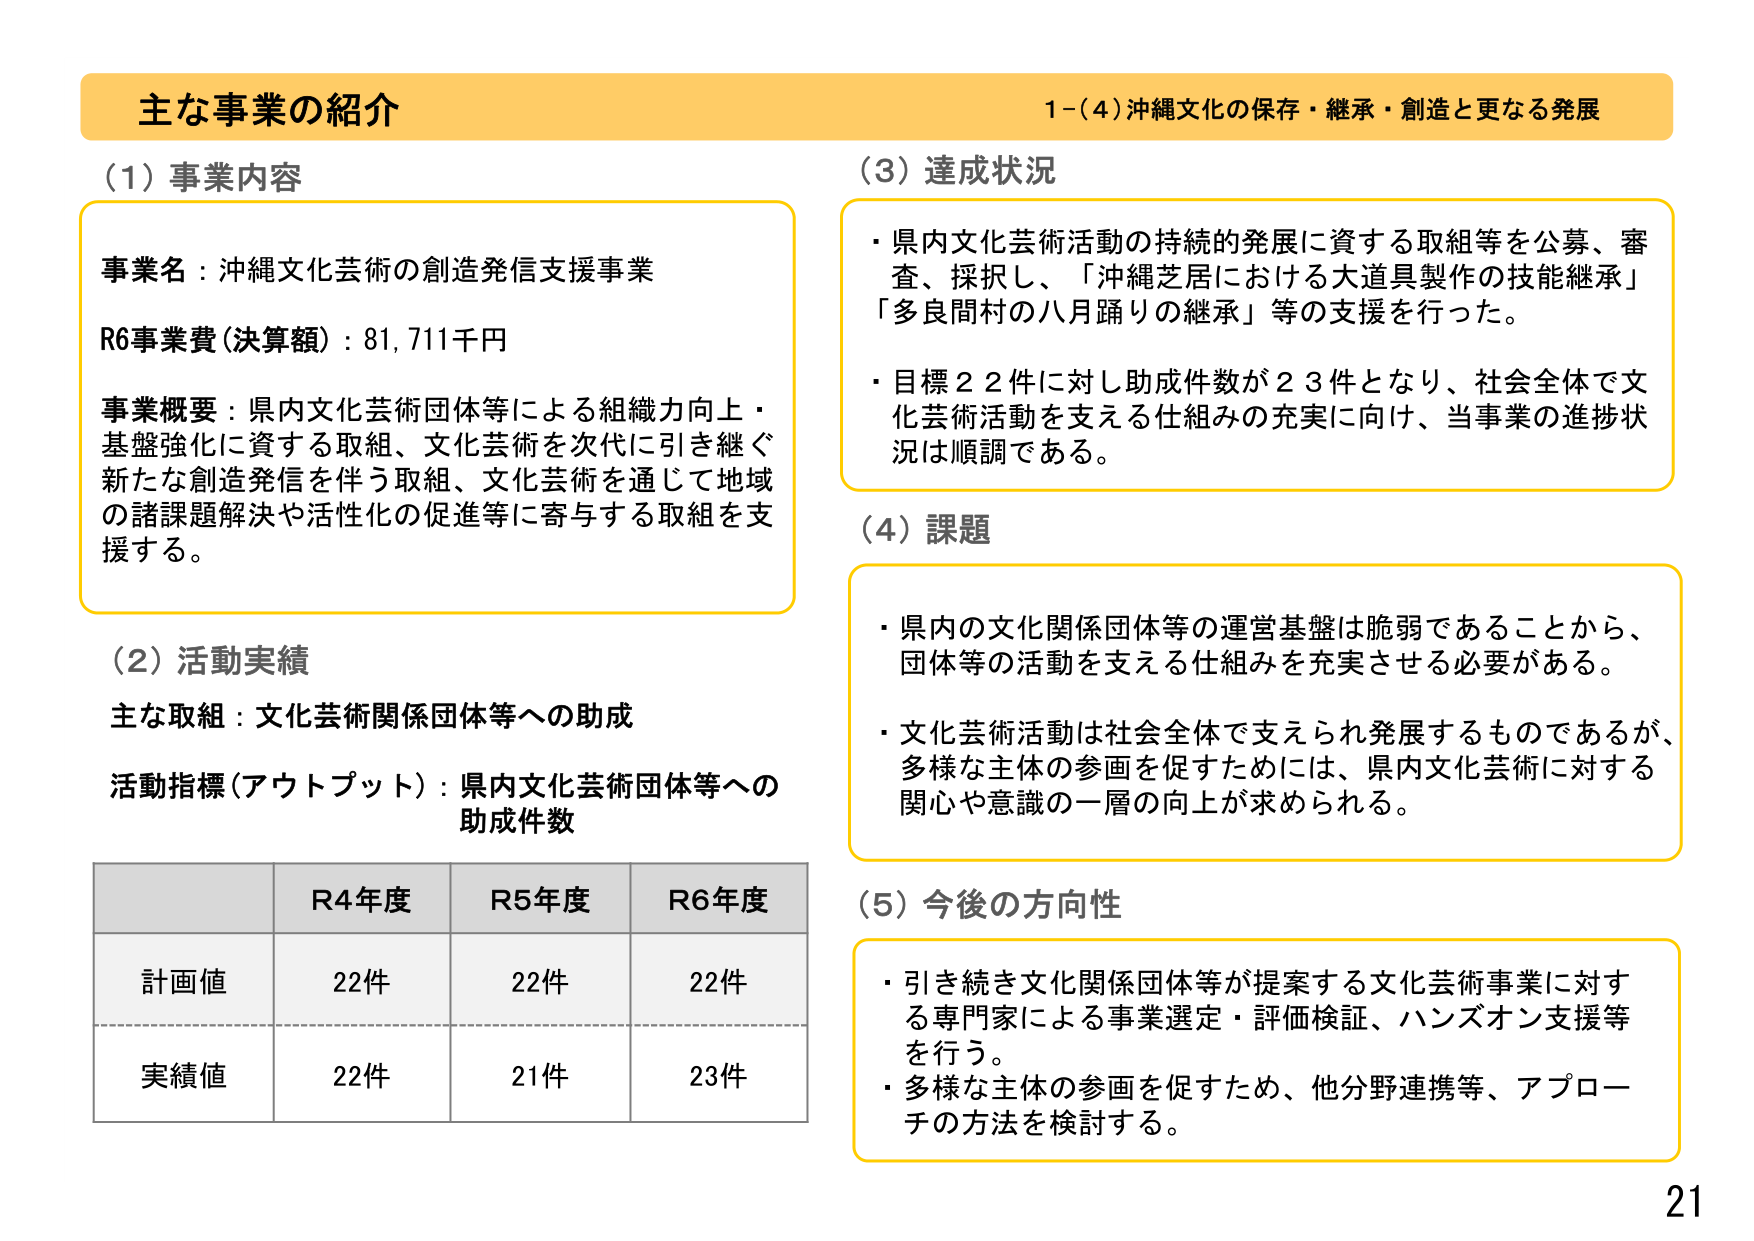
主な事業の紹介
1-(4) 沖縄文化の保存・継承・創造と更なる発展

(1) 事業内容
事業名：沖縄文化芸術の創造発信支援事業
R6事業費（決算額）：81,711千円
事業概要：県内文化芸術団体等による組織力向上・基盤強化に資する取組、文化芸術を次代に引き継ぐ新たな創造発信を伴う取組、文化芸術を通じて地域の諸課題解決や活性化の促進等に寄与する取組を支援する。

(2) 活動実績
主な取組：文化芸術関係団体等への助成
活動指標（アウトプット）：県内文化芸術団体等への助成件数

R4年度 R5年度 R6年度
計画値 22件 22件 22件
実績値 22件 21件 23件

(3) 達成状況
・県内文化芸術活動の持続的発展に資する取組等を公募、審査、採択し、「沖縄芝居における大道具製作の技能継承」「多良間村の八月踊りの継承」等の支援を行った。
・目標22件に対し助成件数が23件となり、社会全体で文化芸術活動を支える仕組みの充実に向け、当事業の進捗状況は順調である。

(4) 課題
・県内の文化関係団体等の運営基盤は脆弱であることから、団体等の活動を支える仕組みを充実させる必要がある。
・文化芸術活動は社会全体で支えられ発展するものであるが、多様な主体の参画を促すためには、県内文化芸術に対する関心や意識の一層の向上が求められる。

(5) 今後の方向性
・引き続き文化関係団体等が提案する文化芸術事業に対する専門家による事業選定・評価検証、ハンズオン支援等を行う。
・多様な主体の参画を促すため、他分野連携等、アプローチの方法を検討する。

21